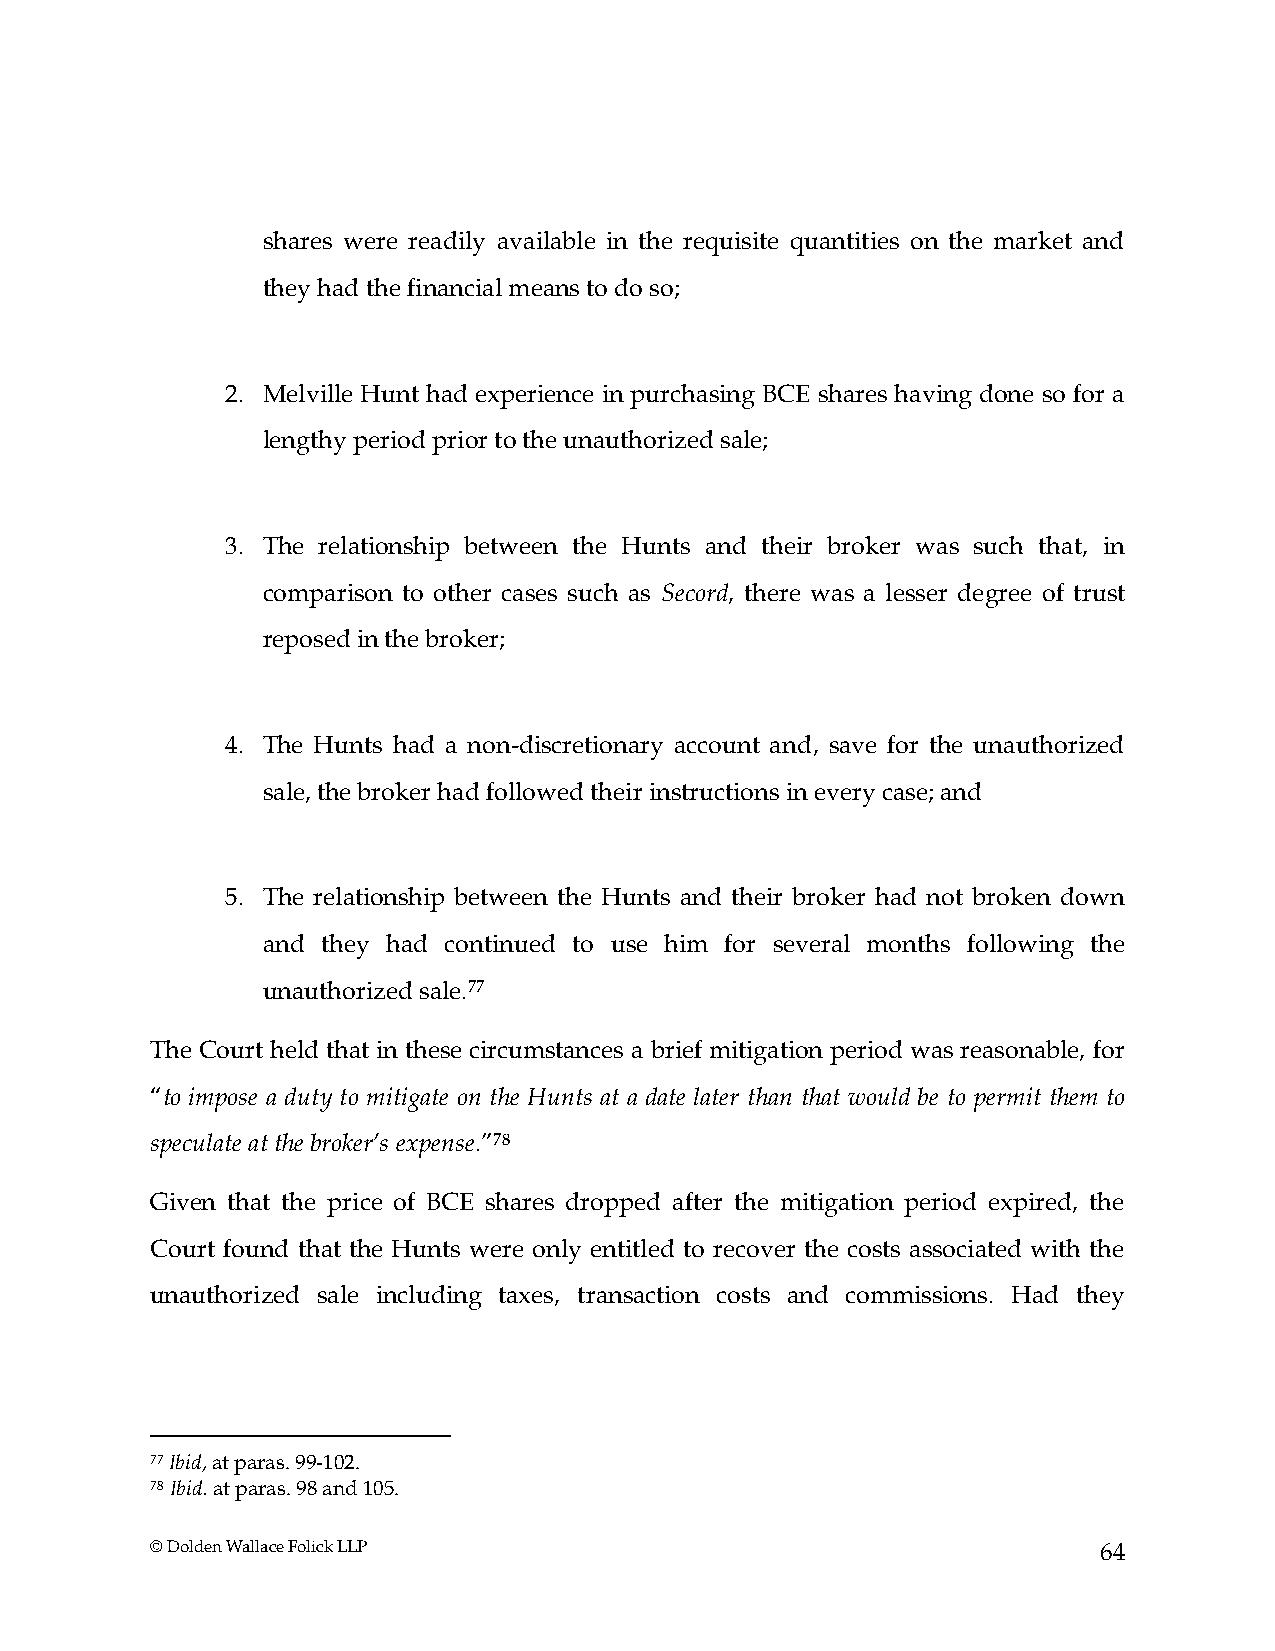
shares were readily available in the requisite quantities on the market and
 they had the financial means to do so;
 2. Melville Hunt had experience in purchasing BCE shares having done so for a
 lengthy period prior to the unauthorized sale;
 3. The relationship between the Hunts and their broker was such that, in
 comparison to other cases such as Secord, there was a lesser degree of trust
 reposed in the broker;
 4. The Hunts had a non-discretionary account and, save for the unauthorized
 sale, the broker had followed their instructions in every case; and
 5. The relationship between the Hunts and their broker had not broken down
 and they had continued to use him for several months following the
 unauthorized sale.77
 The Court held that in these circumstances a brief mitigation period was reasonable, for
 “to impose a duty to mitigate on the Hunts at a date later than that would be to permit them to
 speculate at the broker’s expense.”78
 Given that the price of BCE shares dropped after the mitigation period expired, the
 Court found that the Hunts were only entitled to recover the costs associated with the
 unauthorized sale including taxes, transaction costs and commissions. Had they
 77 Ibid, at paras. 99-102.
 78 Ibid. at paras. 98 and 105.
 © Dolden Wallace Folick LLP                                    64